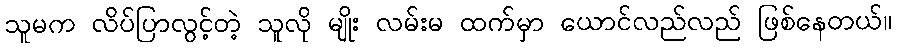
သူမက လိပ်ပြာလွင့်တဲ့ သူလို မျိုး လမ်းမ ထက်မှာ ယောင်လည်လည် ဖြစ်နေတယ်။